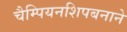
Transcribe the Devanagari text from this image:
चैम्पियनशिपबनाने